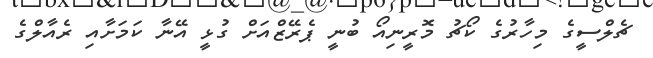
ޗެލްސީގެ މިހާރުގެ ކޯޗު މޮރީނިއޯ ބުނީ ޕެރޭޒްއަށް ގުޅީ އޭނާ ކަމަށާއި ރެއާލްގެ